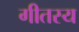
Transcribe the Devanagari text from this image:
गीतस्य